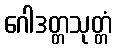
ဂေါဒတ္တသုတ္တံ